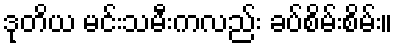
ဒုတိယ မင်းသမီးကလည်း ခပ်စိမ်းစိမ်း။